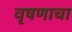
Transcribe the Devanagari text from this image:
वृषणाचा